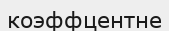
коэффцентне